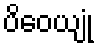
ပိဝေယျုံ